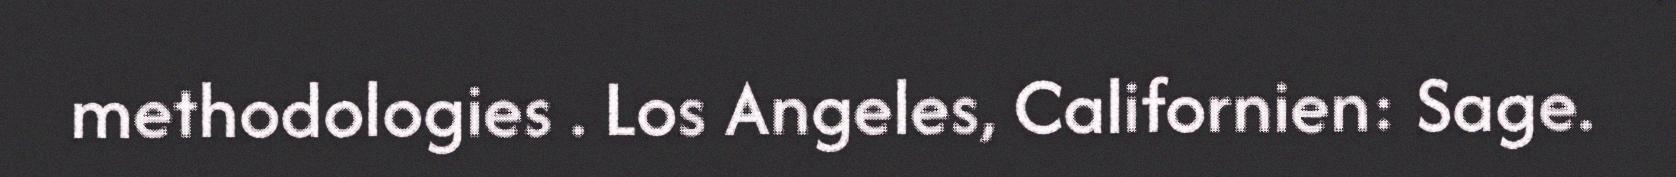
methodologies . Los Angeles, Californien: Sage.